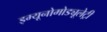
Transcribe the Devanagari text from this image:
इम्यूनोमोड्यूलेट्री